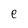
Character: e